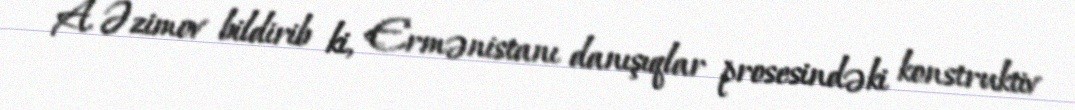
A. Əzimov bildirib ki, Ermənistanı danışıqlar prosesindəki konstruktiv